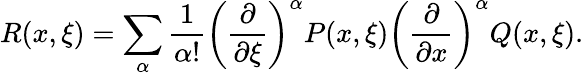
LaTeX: R(x,\xi)=\sum_{\alpha}{\frac{1}{\alpha!}}\left({\frac{\partial}{\partial\xi}}\right)^{\alpha}P(x,\xi)\left({\frac{\partial}{\partial x}}\right)^{\alpha}Q(x,\xi).